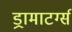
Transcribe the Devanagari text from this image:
ड्रामाटर्ग्स